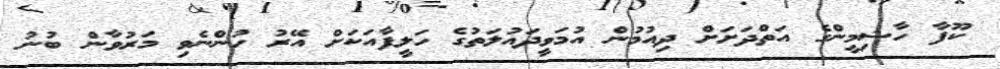
ކޫފާ ހާޝިމީންގެ އަތްދަށަށް ދިއުމުން އުމަވީދައުލަތުގެ ހަލީފާއަކަށް އޭރު ހުންނެވި މަރުވާން ބުނު